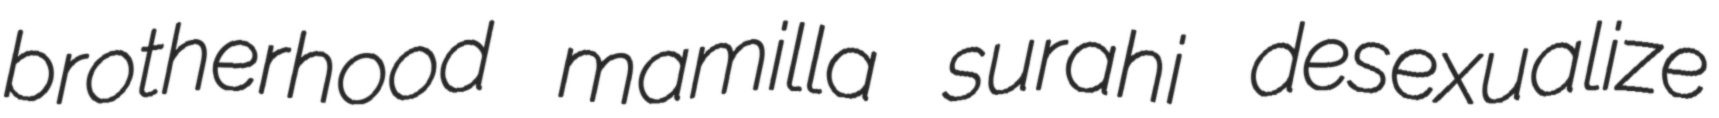
brotherhood mamilla surahi desexualize